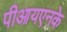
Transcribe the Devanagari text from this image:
पीआयएनके